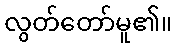
လွတ်တော်မူ၏။